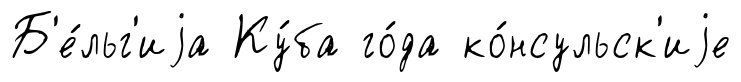
Б'е́льг'иjа Ку́ба го́да ко́нсульск'иjе